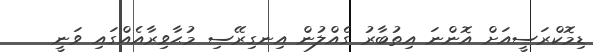
ޑިމޮކްރަސީއަށް އޮންނަ އިތުބާރު ގެއްލުން އިނގިރޭސި މުޙާވިރާއެއްގައި ވަނީ